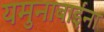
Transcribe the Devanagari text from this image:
यमुनाबाईंना